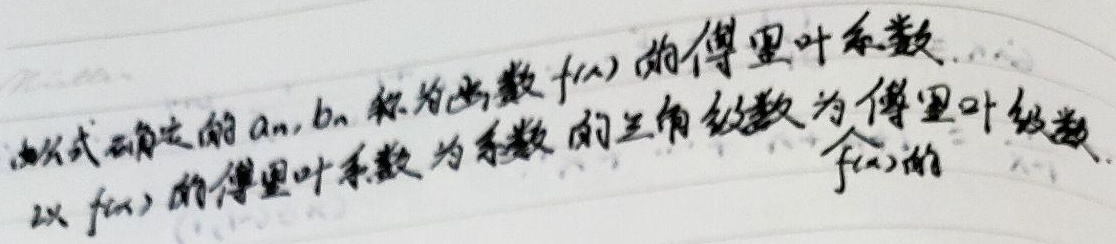
由式确定的\(a_{n},b_{n}\)称为函数\(f(x)\)的傅里叶系数。以\(f(x)\)的傅里叶系数为系数的三角级数为\(f(x)\)的傅里叶级数。